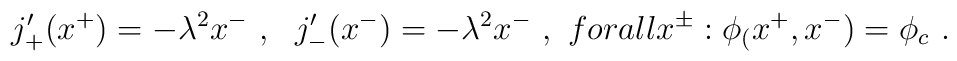
j'_+(x^+)=-\lambda^2x^-\ ,\ \ j'_-(x^-)=-\lambda^2 x^- \ ,\ \ \\forall x^\pm : \phi_(x^+,x^-)=\phi_c \ .